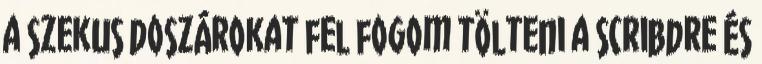
a szekus doszárokat fel fogom tölteni a scribdre és